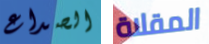
الصداع المقلاة